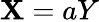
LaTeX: \mathbf{X}=aY